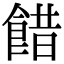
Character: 𩜅